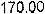
170.00